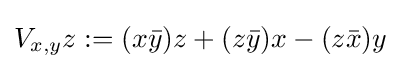
V_{x,y}z:=(x{\bar {y}})z+(z{\bar {y}})x-(z{\bar {x}})y